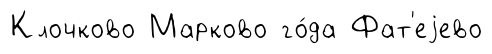
Клочково Марково го́да Фат'еjево